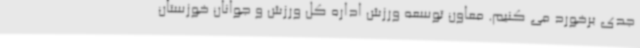
جدی برخورد می کنیم. معاون توسعه ورزش اداره کل ورزش و جوانان خوزستان